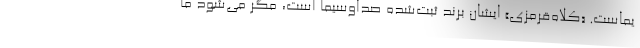
یماست. «کلاه‌قرمزی» ایشان برند ثبت‌شده صداوسیما است، مگر می‌شود ما